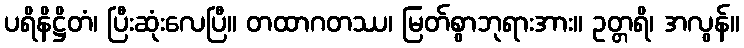
ပရိနိဋ္ဌိတံ၊ ပြီးဆုံးလေပြီ။ တထာဂတဿ၊ မြတ်စွာဘုရားအား။ ဥတ္တရိ၊ အလွန်။